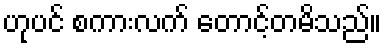
ဟုပင် စကားလက် တောင့်တမိသည်။